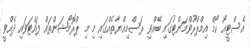
އެސްޓީއޯ ހޯމް އިމްޕްރޫވްމަންޓުގައި ބޭއްވި ރަސްމިއްޔާތެއްގައި މި މި ޕްރޮމޯޝަންތައް ފައްޓަވައި ދެއްވީ